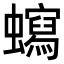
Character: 𧓺